Report on vaccination North-West Frontier Province 1904-1922 - 1904-1922
Year: 1904
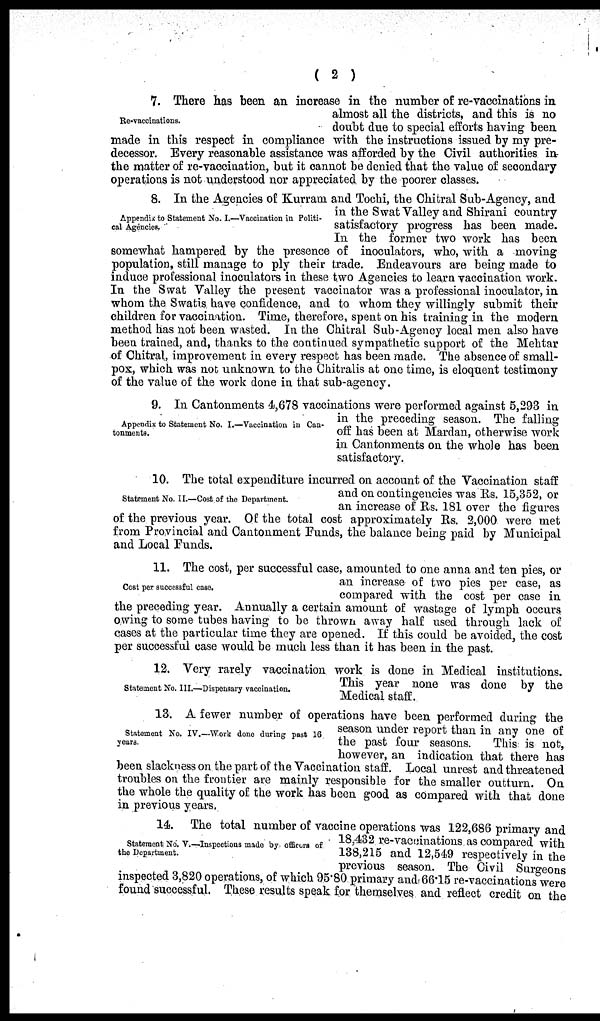
( 2 )
Re-vaccinations.
7. There has been an increase in the number of re-vaccinations in
almost all the districts, and this is no
doubt due to special efforts having been
made in this respect in compliance with the instructions issued by my pre-
decessor. Every reasonable assistance was afforded by the Civil authorities in
the matter of re-vaccination, but it cannot be denied that the value of secondary
operations is not understood nor appreciated by the poorer classes.
Appendix to Statement No. I.—Vaccination in Politi-
cal Agencies.
8. In the Agencies of Kurram and Tochi, the Chitral Sub-Agency, and
in the Swat Valley and Shirani country
satisfactory progress has been made.
In the former two work has been
somewhat hampered by the presence of inoculators, who, with a moving
population, still manage to ply their trade. Endeavours are being made to
induce professional inoculators in these two Agencies to learn vaccination work.
In the Swat Valley the present vaccinator was a professional inoculator, in
whom the Swatis have confidence, and to whom they willingly submit their
children for vaccination. Time, therefore, spent on his training in the modern
method has not been wasted. In the Chitral Sub-Agency local men also have
been trained, and, thanks to the continued sympathetic support of the Mehtar
of Chitral, improvement in every respect has been made. The absence of small-
pox, which was not unknown to the Chitralis at one time, is eloquent testimony
of the value of the work done in that sub-agency.
Appeodix to Statement No. I.—Vaccination in Can-
tonments.
9. In Cantonments 4,678 vaccinations were performed against 5,293 in
in the preceding season. The falling
off has been at Mardan, otherwise work
in Cantonments on the whole has been
satisfactory.
Statement No. II.—Cost of the Department.
10. The total expenditure incurred on account of the Vaccination staff
and on contingencies was Rs. 15,352, or
an increase of Rs. 181 over the figures
of the previous year. Of the total cost approximately Rs. 2,000 were met
from Provincial and Cantonment Funds, the balance being paid by Municipal
and Local Funds.
Coat per successful case.
11. The cost, per successful case, amounted to one anna and ten pies, or
an increase of two pies per case, as
compared with the cost per case in
the preceding year. Annually a certain amount of wastage of lymph occurs
owing to some tubes having to be thrown away half used through lack of
cases at the particular time they are opened. If this could be avoided, the cost
per successful case would be much less than it has been in the past.
Statement No. III.—Dispensary vaccination.
12. Very rarely vaccination work is done in Medical institutions.
This year none was done by the
Medical staff.
Statement No. IV.—Work done during past 16
years.
13. A fewer number of operations have been performed during the
season under report than in any one of
the past four seasons.
This is not,
however, an indication that there has
been slackness on the part of the Vaccination staff. Local unrest and threatened
troubles on the frontier are mainly responsible for the smaller outturn. On
the whole the quality of the work has been good as compared with that done
in previous years.
Statement No. V.—Inspections made by officers of
the Department.
14. The total number of vaccine operations was 122,686 primary and
18,432 re-vaccinations as compared with
138,215 and 12,549 respectively in the
previous season. The Civil Surgeons
inspected 3,820 operations, of which 95.80 primary and 66.15 re-vaccinations were
found successful. These results speak for themselves and reflect credit on the